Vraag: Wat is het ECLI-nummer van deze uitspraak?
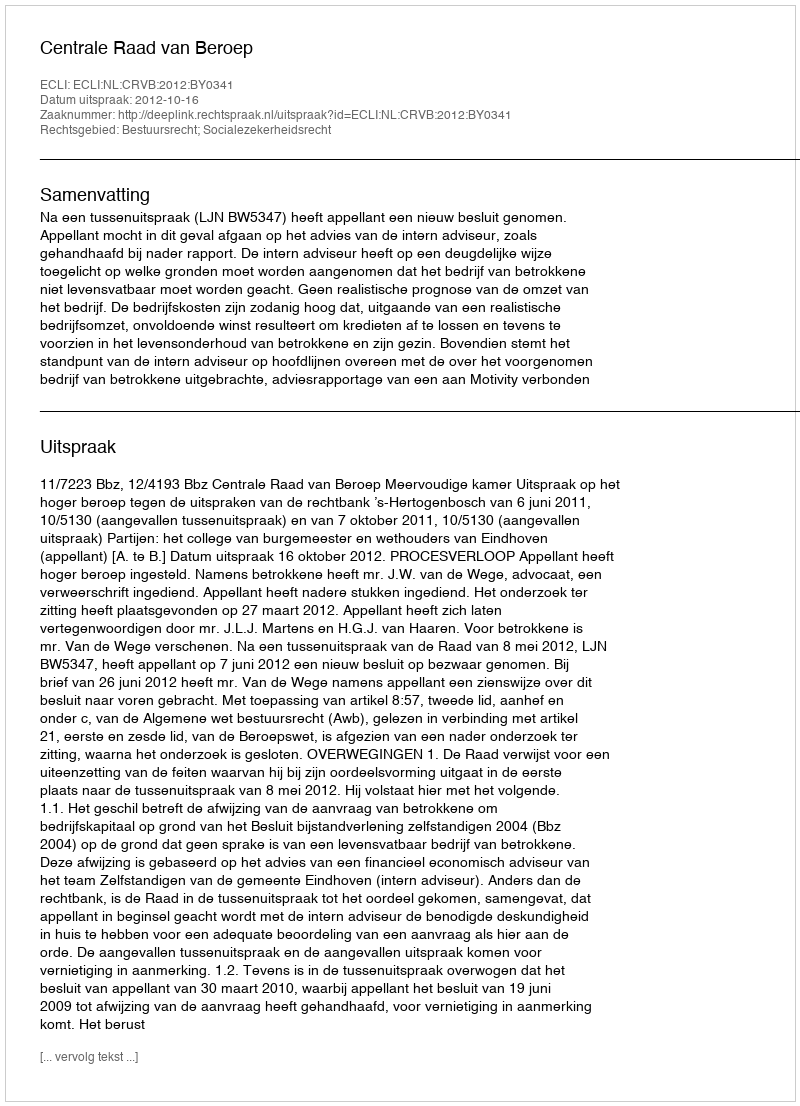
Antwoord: ECLI:NL:CRVB:2012:BY0341